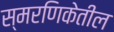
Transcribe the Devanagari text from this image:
स्मरणिकेतील